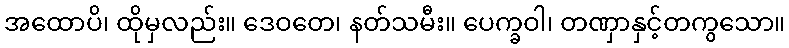
အထောပိ၊ ထိုမှလည်း။ ဒေဝတေ၊ နတ်သမီး။ ပေက္ခဝါ၊ တဏှာနှင့်တကွသော။